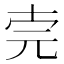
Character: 𠒈